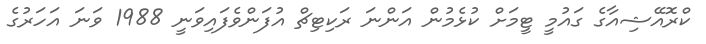
ކްރޮއޭޝިއާގެ ގައުމީ ޓީމަށް ކުޅެމުން އަންނަ ރަކިޓިޗް އުފަންވެފައިވަނީ 1988 ވަނަ އަހަރުގެ